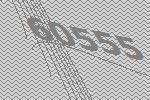
60555